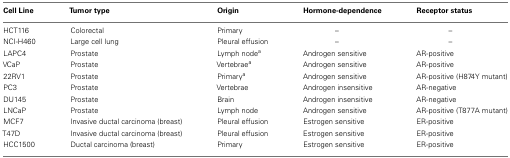
<table><thead><tr><td><b>Cell Line</b></td><td><b>Tumor type</b></td><td><b>Origin</b></td><td><b>Hormone-dependence</b></td><td><b>Receptor status</b></td></tr></thead><tbody><tr><td>HCT116</td><td>Colorectal</td><td>Primary</td><td>–</td><td>–</td></tr><tr><td>NCI-H460</td><td>Large cell lung</td><td>Pleural effusion</td><td>–</td><td>–</td></tr><tr><td>LAPC4</td><td>Prostate</td><td>Lymph node<sup>a</sup></td><td>Androgen sensitive</td><td>AR-positive</td></tr><tr><td>VCaP</td><td>Prostate</td><td>Vertebrae<sup>a</sup></td><td>Androgen sensitive</td><td>AR-positive</td></tr><tr><td>22RV1</td><td>Prostate</td><td>Primary<sup>a</sup></td><td>Androgen sensitive</td><td>AR-positive (H874Y mutant)</td></tr><tr><td>PC3</td><td>Prostate</td><td>Vertebrae</td><td>Androgen insensitive</td><td>AR-negative</td></tr><tr><td>DU145</td><td>Prostate</td><td>Brain</td><td>Androgen insensitive</td><td>AR-negative</td></tr><tr><td>LNCaP</td><td>Prostate</td><td>Lymph node</td><td>Androgen sensitive</td><td>AR-positive (T877A mutant)</td></tr><tr><td>MCF7</td><td>Invasive ductal carcinoma (breast)</td><td>Pleural effusion</td><td>Estrogen sensitive</td><td>ER-positive</td></tr><tr><td>T47D</td><td>Invasive ductal carcinoma (breast)</td><td>Pleural effusion</td><td>Estrogen sensitive</td><td>ER-positive</td></tr><tr><td>HCC1500</td><td>Ductal carcinoma (breast)</td><td>Primary</td><td>Estrogen sensitive</td><td>ER-positive</td></tr></tbody></table>